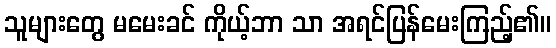
သူများတွေ မမေးခင် ကိုယ့်ဘာ သာ အရင်ပြန်မေးကြည့်၏။